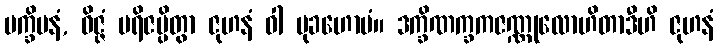
ပက္ခိပနံ, ဝိဇ္ဇံ ပရိဇပ္ပိတွာ ဇုဟနံ ဝါ မုခဟောမံ။ ဒက္ခိဏက္ခကဇဏ္ဏုလောဟိတာဒီဟိ ဇုဟနံ